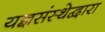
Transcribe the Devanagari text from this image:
यज्ञसंस्थेद्वारा